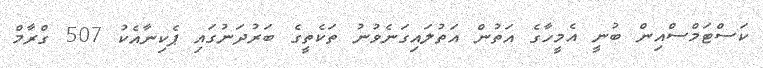
ކަސްޓަމްސްއިން ބުނީ އެމީހާގެ އަތުން އަތުލައިގަނެވުނު ތަކެތީގެ ބަރުދަނުގައި ޕެކިނާއެކު 507 ގްރާމް